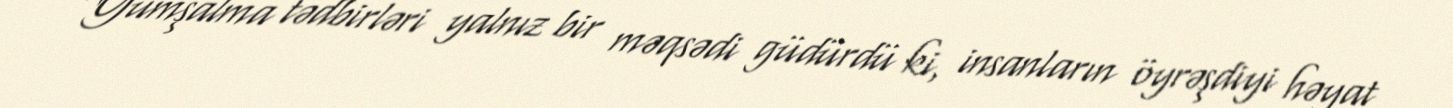
Yumşalma tədbirləri yalnız bir məqsədi güdürdü ki, insanların öyrəşdiyi həyat